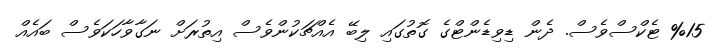
%15 ޓެކްސްވެސް. ދެން ޑިވިޑެންޓްގެ ގޮތުގައި ލިބޭ އެއްޗަކުންވެސް އިތުރަށް ނަގާވާހަކަވެސް ބައެއް